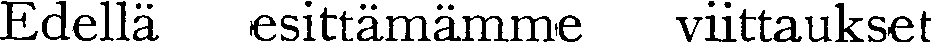
Edellä esittämämme viittaukset